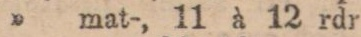
” mat-, 11 à 12 rdr